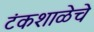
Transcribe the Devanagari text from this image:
टंकशाळेचे